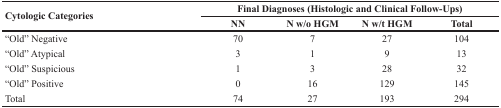
<table><thead><tr><td rowspan="2"><b>Cytologic Categories</b></td><td colspan="4"><b>Final Diagnoses (Histologic and Clinical Follow-Ups)</b></td></tr><tr><td><b>NN</b></td><td><b>N w/o HGM</b></td><td><b>N w/t HGM</b></td><td><b>Total</b></td></tr></thead><tbody><tr><td>“Old” Negative</td><td>70</td><td>7</td><td>27</td><td>104</td></tr><tr><td>“Old” Atypical</td><td>3</td><td>1</td><td>9</td><td>13</td></tr><tr><td>“Old” Suspicious</td><td>1</td><td>3</td><td>28</td><td>32</td></tr><tr><td>“Old” Positive</td><td>0</td><td>16</td><td>129</td><td>145</td></tr><tr><td>Total</td><td>74</td><td>27</td><td>193</td><td>294</td></tr></tbody></table>